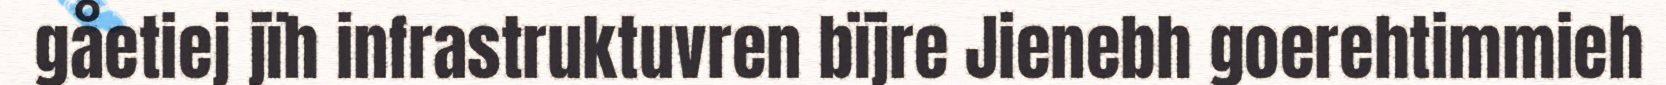
gåetiej jïh infrastruktuvren bïjre Jienebh goerehtimmieh